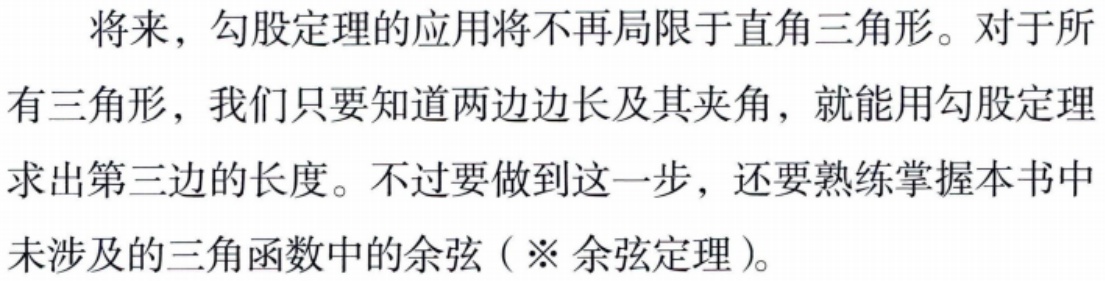
将来，勾股定理的应用将不再局限于直角三角形。对于所有三角形，我们只要知道两边边长及其夹角，就能用勾股定理求出第三边的长度。不过要做到这一步，还要熟练掌握本书中未涉及的三角函数中的余弦（※ 余弦定理）。